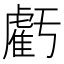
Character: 虧